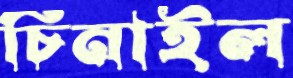
চিনাইল